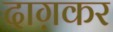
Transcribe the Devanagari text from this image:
दाग़कर